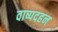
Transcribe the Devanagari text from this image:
वाष्पदहन